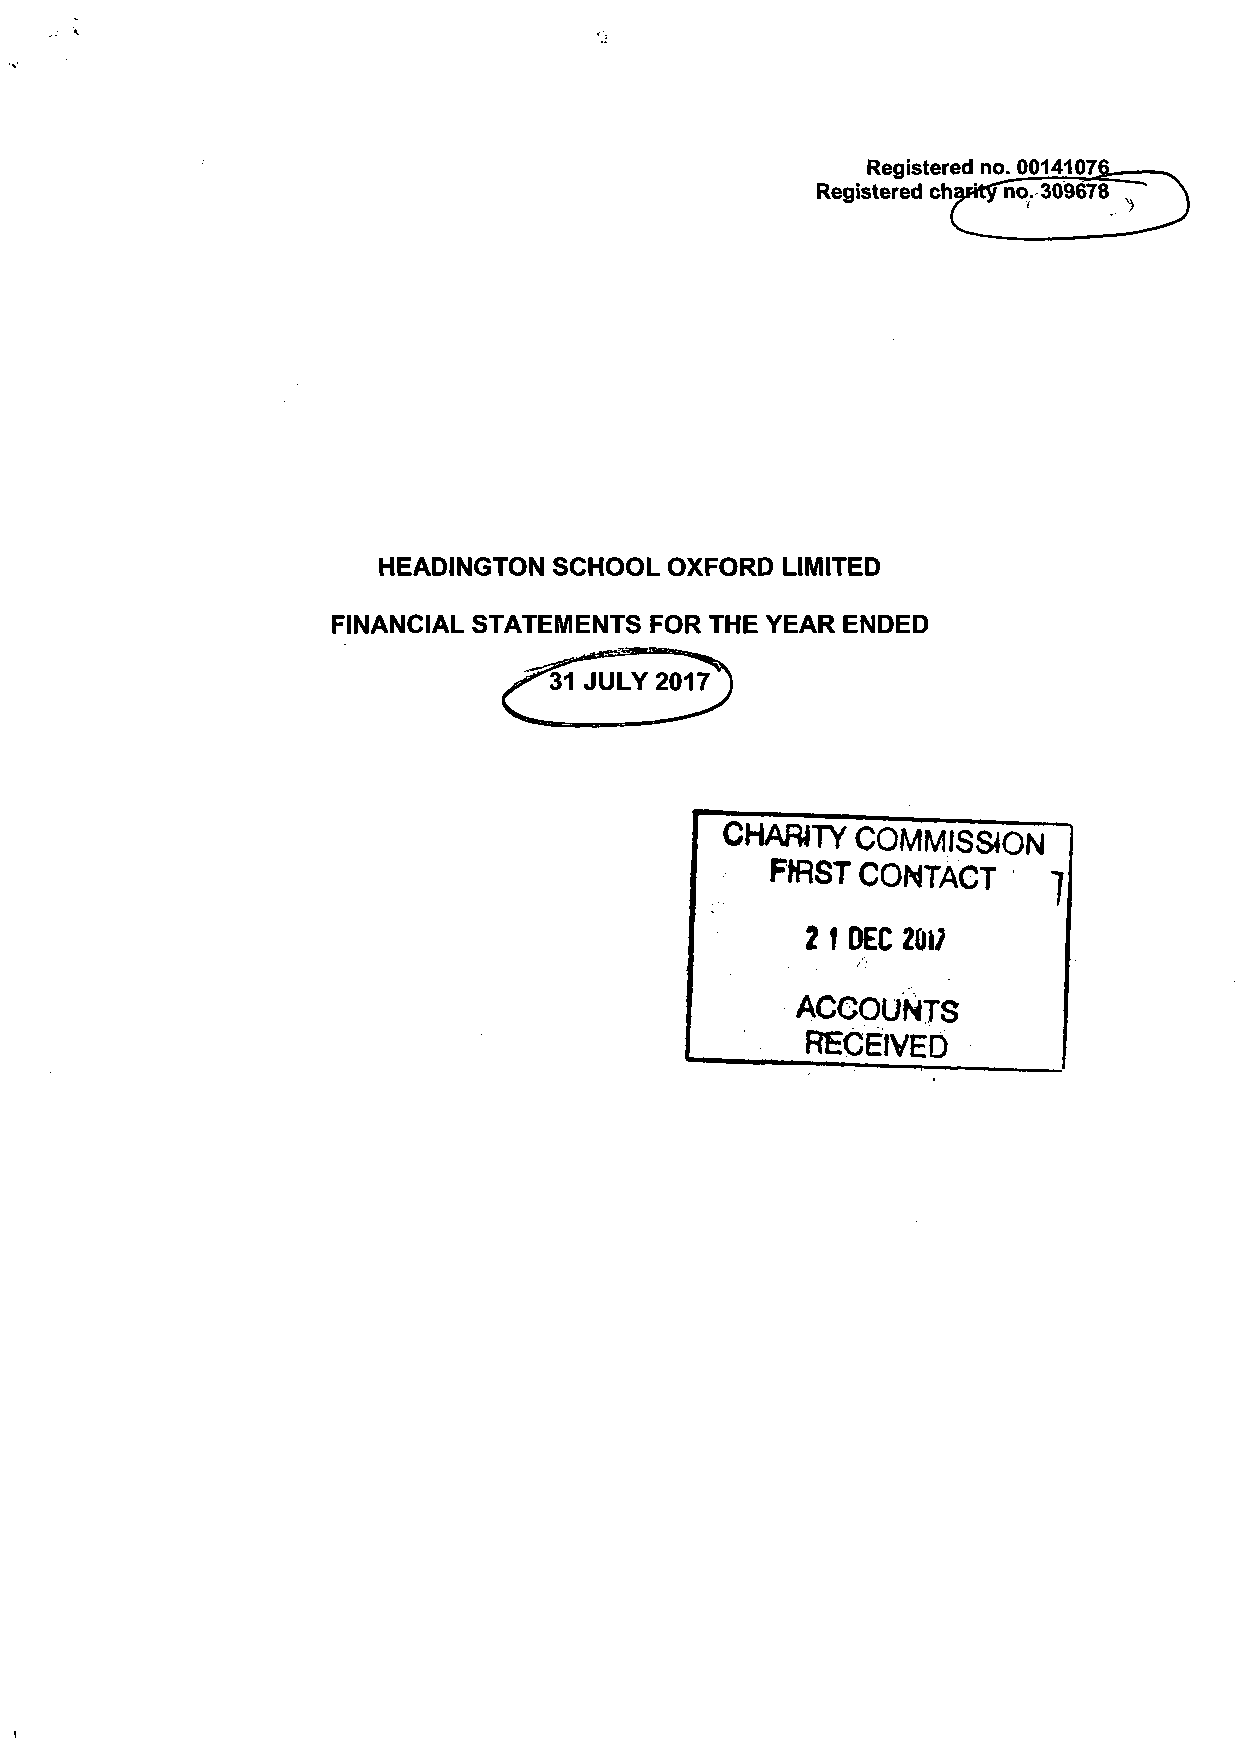
Registered no. 0014107
 Registered charit^no. 309678
 HEADINGTON  SCHOOL OXFORD  LIMITED
 FINANCIAL STATEMENTS FOR THE YEAR ENDED
 CHARITY  COMMISSION
 FIRST CONTACT      ]
 2 f DEC 20i;
 ACCOUNTS
 RECEIVED